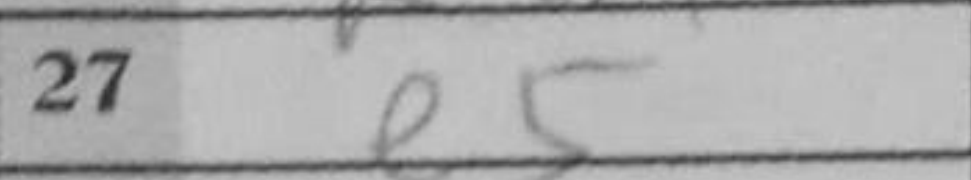
Transcription: e5